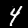
Digit: 4